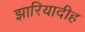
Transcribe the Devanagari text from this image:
झारियादीह